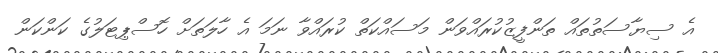
އެ ސިޔާސަތުތައް ތަންފީޒުކުރައްވަން މަސައްކަތް ކުރައްވާ ނަމަ އެ ހާލަތަށް ހޮސްޕިޓަލުގެ ކަންކަން